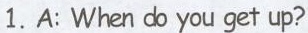
1.A: When do you get up?